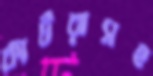
কাটরাসহ